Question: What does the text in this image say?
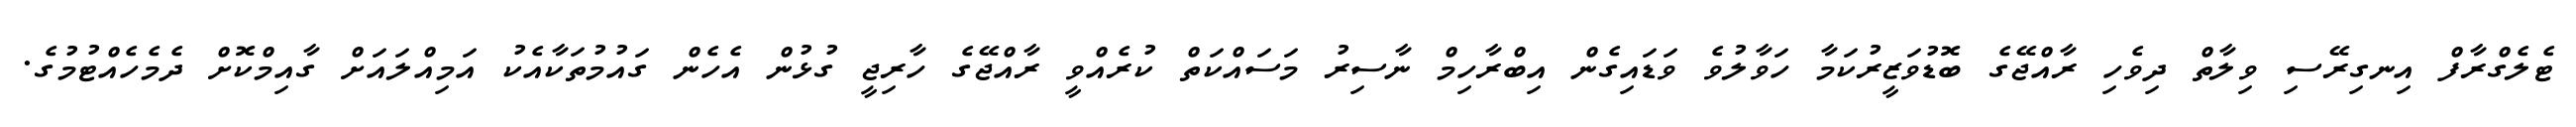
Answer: ޓެލެގްރާފް އިނގިރޭސި ވިލާތް ދިވެހި ރާއްޖޭގެ ބޮޑުވަޒީރުކަމާ ހަވާލުވެ ވަޑައިގެން އިބްރާހިމް ނާސިރު މަސައްކަތް ކުރެއްވީ ރާއްޖޭގެ ހާރިޖީ ގުޅުން އެހެން ގައުމުތަކާއެކު އަމިއްލައަށް ގާއިމްކޮށް ދެމެހެއްޓުމުގެ.